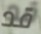
قد